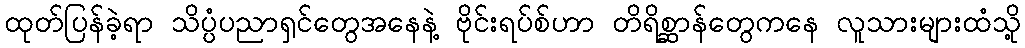
ထုတ်ပြန်ခဲ့ရာ သိပ္ပံပညာရှင်တွေအနေနဲ့ ဗိုင်းရပ်စ်ဟာ တိရိစ္ဆာန်တွေကနေ လူသားများထံသို့